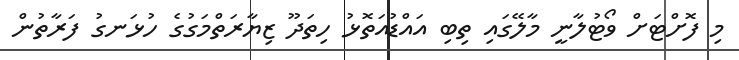
މި ފޮށްޓަށް ވޯޓުލާނީ މާލޭގައި ތިބި އައްޑުއަތޮޅު ހިތަދޫ ޒިޔާރަތްމަގުގެ ހުޅަނގު ފަރާތުން